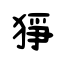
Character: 狰